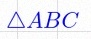
\triangle ABC